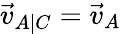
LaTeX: {\vec{v}}_{A|C}={\vec{v}}_{A}